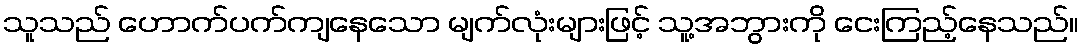
သူသည် ဟောက်ပက်ကျနေသော မျက်လုံးများဖြင့် သူ့အဘွားကို ငေးကြည့်နေသည်။